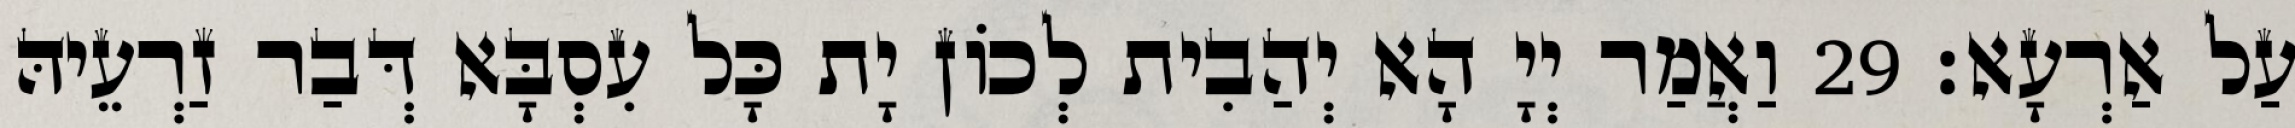
עַל אַרְעָא׃ 29 וַאֲמַר יְיָ הָא יְהַבִית לְכוֹן יָת כָּל עִסְבָּא דְּבַר זַרְעֵיהּ